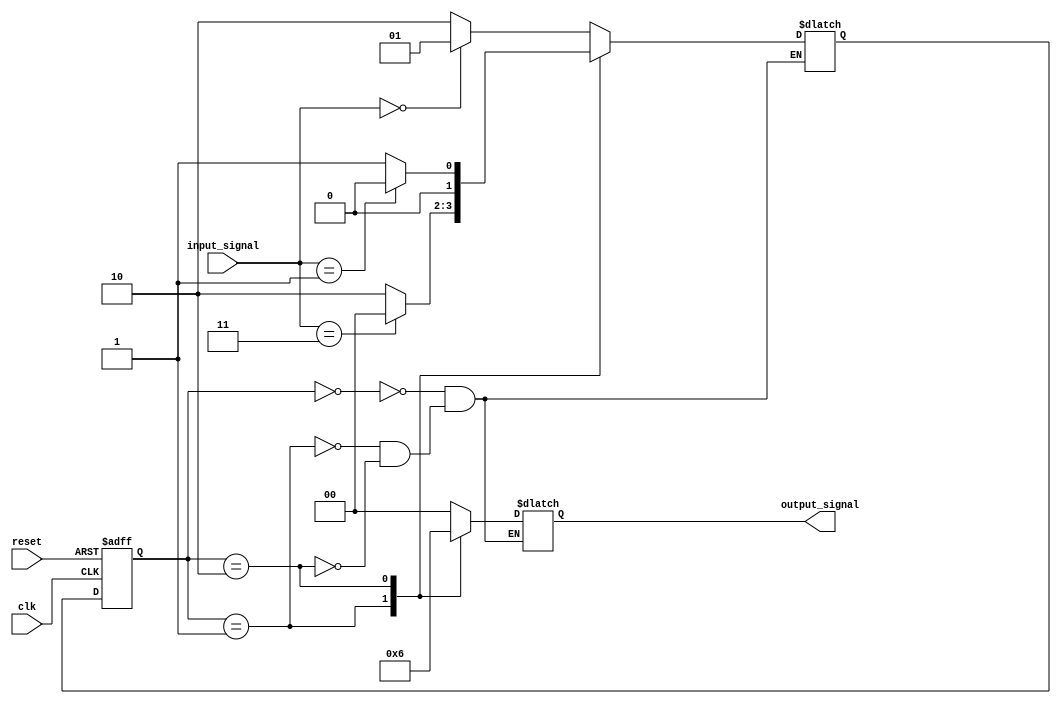
module moore_state_machine (
input clk, //clock signal
input reset, //reset signal
input [1:0] input_signal, //input signal
output reg [1:0] output_signal //output signal
);

// State definitions
parameter STATE_A = 2'b00;
parameter STATE_B = 2'b01;
parameter STATE_C = 2'b10;

// State register
reg [1:0] current_state, next_state;

// State transition logic
always @ (posedge clk or posedge reset) begin
if (reset) begin
current_state <= STATE_A;
end else begin
current_state <= next_state;
end
end

// Next state logic
always @ (*) begin
case(current_state)
STATE_A: begin
if(input_signal == 2'b00)
next_state = STATE_B;
else
next_state = STATE_C;
end

STATE_B: begin
if(input_signal == 2'b11)
next_state = STATE_A;
else
next_state = STATE_C;
end

STATE_C: begin
if(input_signal == 2'b01)
next_state = STATE_A;
else
next_state = STATE_B;
end

endcase
end

// Output logic
always @ (*) begin
case(current_state)
STATE_A: output_signal = 2'b00;
STATE_B: output_signal = 2'b01;
STATE_C: output_signal = 2'b10;
endcase
end

endmodule